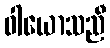
ဝါယောသညီ